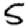
Digit: 5